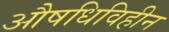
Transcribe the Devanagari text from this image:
औषधिविहीन